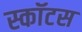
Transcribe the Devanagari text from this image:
स्कॉटस